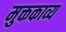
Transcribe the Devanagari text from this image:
मुक्तकाव्य